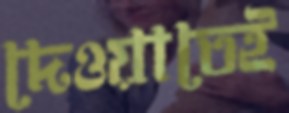
দেওয়াতেই